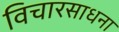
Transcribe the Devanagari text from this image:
विचारसाधना